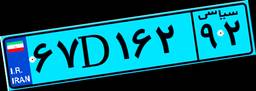
۴۳D۰۱۸۲۳